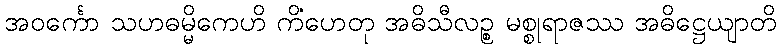
အဝင်္ကော သဟဓမ္မိကေဟိ ကိံဟေတု အဓိသီလဉ္စ မစ္စုရာဇဿ အဓိဋ္ဌေယျာတိ